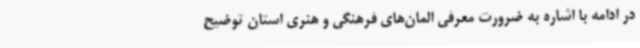
در ادامه با اشاره به ضرورت معرفی المان‌های فرهنگی و هنری استان توضیح